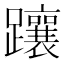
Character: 躟